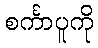
စင်္ကာပူကို